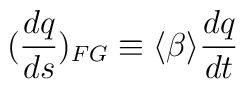
(\frac{dq}{ds})_{FG}\equiv \langle \beta\rangle\frac{dq}{dt}